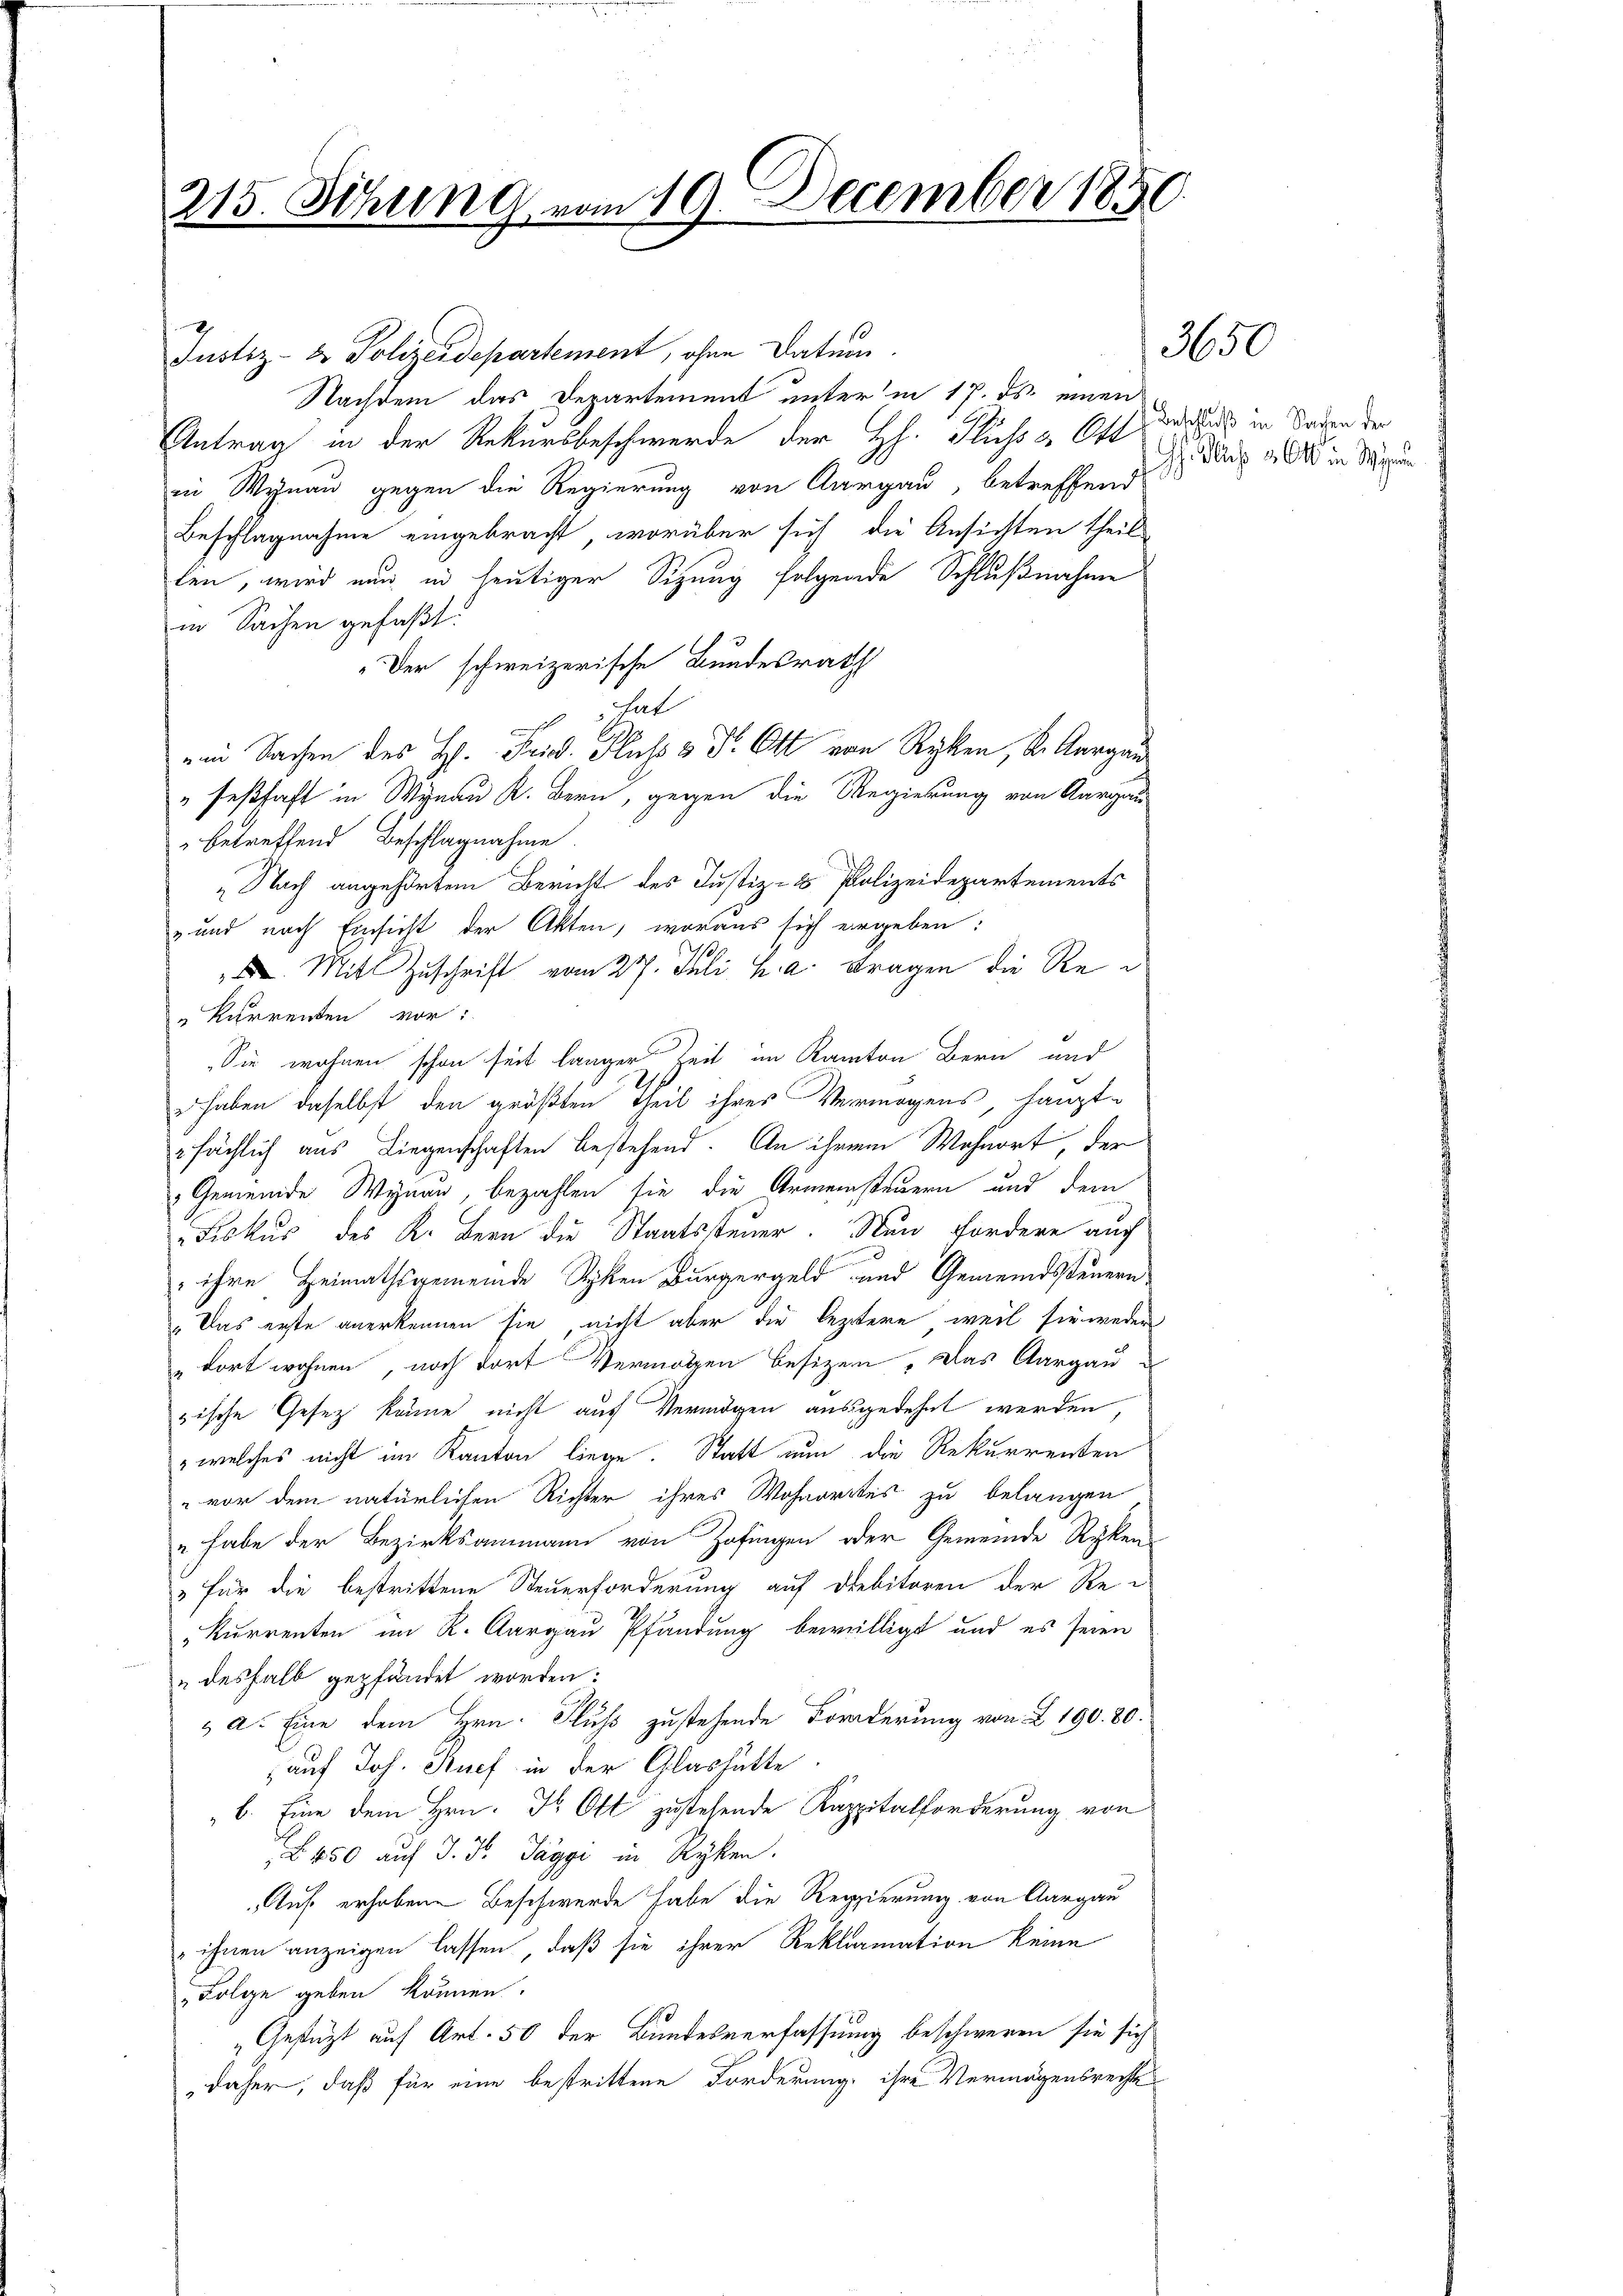
215. Sitzung vom 19. December 1850.

Justiz- & Polizeidepartement, ohne Datum.
Nachdem das Departement unter in 17. ds. einen
Antrag in der Rekursbeschwerde der H. Flichst Ott, das in Baden der
in Wynau gegen die Regierung von Aargau, betreffend
Beschlagnahme eingebracht, worüber sich die Ansichten theil-
len, wird nun in heutiger Sitzung folgende Schlußnahme
in Sachen gefaßt:
Der schweizerische Bundesrath
hat
in Sachen des H. Frid. Fluss Dr. Ott von Ryken, K. Aargaus
" festhaft in Wynau K. Bern, gegen die Regierung von Aargau
" betreffend Beschlagnahme.
„Nach angehörtem Bericht des Justiz- & Polizeidepartements
- und nach Einsicht der Akten, woraus sich ergeben:
 Mit Zuschrift vom 27. Juli h. a. Fragen die Re¬
Kurrenten vor:
Sie wohnen schon seit langer Zeit im Kanton Bern und
.
e haben daselbst den größten Theil ihres Vermögens langte
sächlich aus Liegenschaften bestehend. An ihrem Wohnort, der
Gemeinde Wynau, bezahlen sie die Armensteuern und dem
Fiskus des K. Bern die Staatssteuer. Nun fordere auch
3
 ihre Heimathsgemeinde Syten Bürgergeld und Gemeindsteuern
„Das erste anerkennen sie, nicht aber die leztere, weil sie weder
"dort wohnen, noch dort Vermögen besitzen, das Aargau
zische Gesezt könne nicht auf Vermögen ausgedehnt werden,
welches nicht im Kanton liege. Statt nun die Rekurrenten
" vor dem natürlichen Richter ihres Wohnortes zu belangen
„habe der Bezirksammann von Zofingen oder Gemeinde Ryken
" für die bestrittene Steuerforderung auf Debitoren der Re-
„Kurrenten im K. Aargau Pfändung bewilligt und es seien
" deshalb gepfändet worden:
 a. Eine dem Hrn. Fluß zustehende Forderung von I 190. 80.
auf Joh. Ruef in der Glashütte
b. Eine dem Hrn. Dr. Ott zustehende Kappitalforderung von
B 450 auf d. d. Taggi in Ryken.
Auf erhobene Beschwerde habe die Regierung von Aargau
„ihnen anzeigen lassen, daß sie ihrer Reklamation keine
Folge geben können.
Gestützt auf Art. 50 der Bundesverfassung beschweren sie sich
daher, daß für eine bestrittene Forderung, ihre Vermögensrechte

3650

Ghidlich & Ott in Win